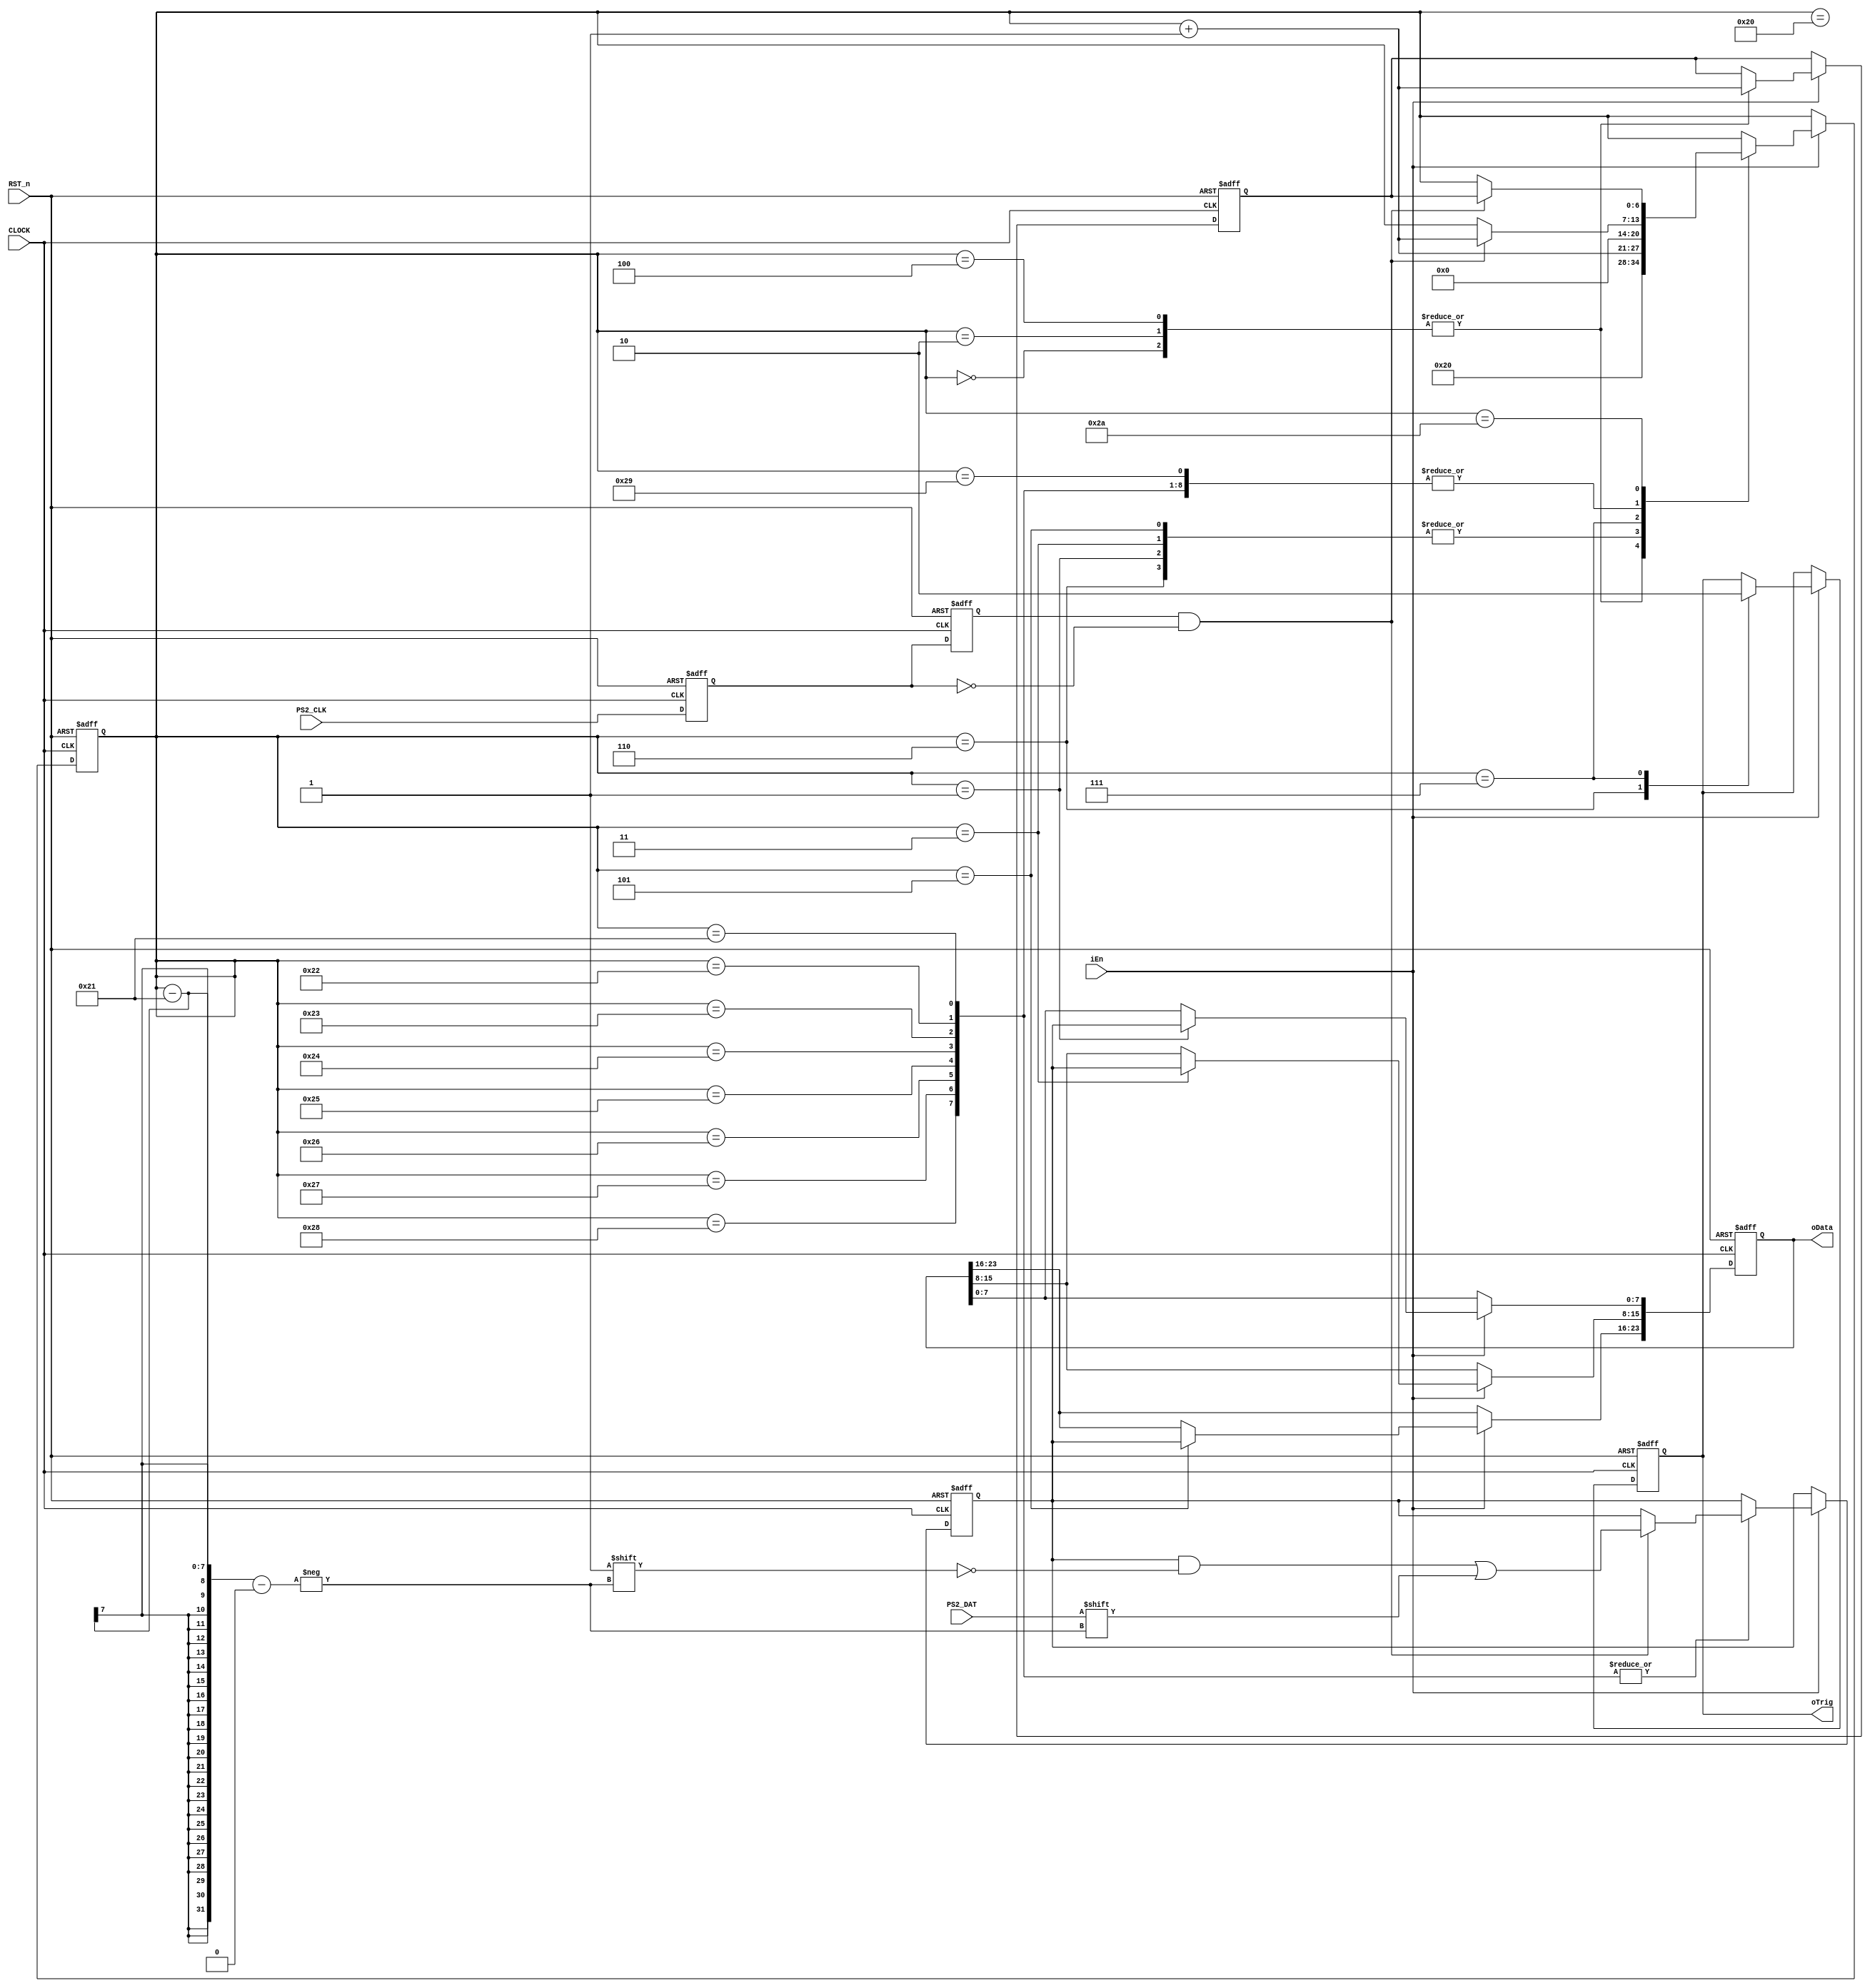
module ps2_read_funcmod
(
     input CLOCK, RST_n,
	 input PS2_CLK,PS2_DAT,
	 input iEn,
	 output oTrig,
	 output [23:0]oData
);  
	 parameter FF_Read = 7'd32;

	 /*******************************/ // sub1
	 
    reg F2,F1; 
	 
    always @ ( posedge CLOCK or negedge RST_n )
	     if( !RST_n )
		      { F2,F1 } <= 2'b11;
		  else 
		      { F2, F1 } <= { F1, PS2_CLK };

	 /*******************************/ // core
	 
	 wire isH2L = ( F2 == 1'b1 && F1 == 1'b0 );
	 reg [23:0]D1;
	 reg [7:0]T;
	 reg [6:0]i,Go;
	 reg isDone;
	 
	 always @ ( posedge CLOCK or negedge RST_n )
	     if( !RST_n )
		      begin
				    D1 <= 24'd0;
					 T <= 8'd0;
					 { i,Go } <= { 7'd0,7'd0 };
					 isDone <= 1'b0;
				end
		   else if( iEn )  
			    case( i )
				 
                 /*********/ // Normal mouse 
					  
					  0: // Read 1st byte
					  begin i <= FF_Read; Go <= i + 1'b1; end
					  
					  1: // Store 1st byte
					  begin D1[7:0] <= T; i <= i + 1'b1; end
					  
					  2: // Read 2nd byte
					  begin i <= FF_Read; Go <= i + 1'b1; end
					  
					  3: // Store 2nd byte
					  begin D1[15:8] <= T; i <= i + 1'b1; end
					  
					  4: // Read 3rd byte
					  begin i <= FF_Read; Go <= i + 1'b1; end
					  
					  5: // Store 3rd byte
					  begin D1[23:16] <= T; i <= i + 1'b1; end
					  
					  6:
					  begin isDone <= 1'b1; i <= i + 1'b1; end
					  
					  7:
					  begin isDone <= 1'b0; i <= 7'd0; end
					  
					  /****************/ // PS2 Write Function
					  
					  32: // Start bit
					  if( isH2L ) i <= i + 1'b1; 
					  
					  33,34,35,36,37,38,39,40:  // Data byte
					  if( isH2L ) begin T[i-33] <= PS2_DAT; i <= i + 1'b1;  end
					  
					  41: // Parity bit
					  if( isH2L ) i <= i + 1'b1;
					  
					  42: // Stop bit
					  if( isH2L ) i <= Go;
					    
				 endcase
				 
	 assign oTrig = isDone;
    assign oData = D1;
	 
endmodule